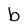
Character: b